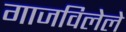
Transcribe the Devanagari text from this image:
गाजविलेले